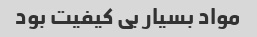
مواد بسیار بی کیفیت بود